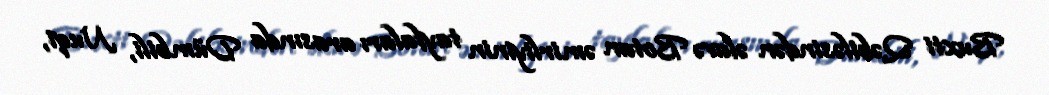
Buxti Qəbiləsindən əlavə Botan əmirliyinin tayfaları arasında Dümbili, Nuqi,